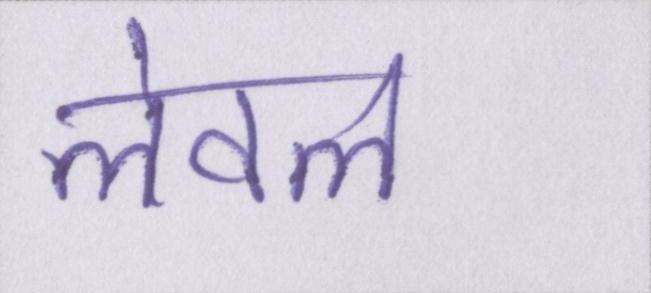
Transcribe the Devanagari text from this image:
लेवल